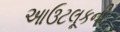
આઉટલૂકની